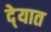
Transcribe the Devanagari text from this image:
दे्यात